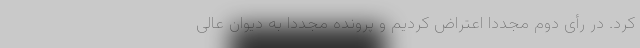
کرد. در رأی دوم مجدداً اعتراض کردیم و پرونده مجدداً به دیوان عالی